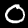
Label: 0